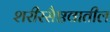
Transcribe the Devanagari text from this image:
शरीरसैष्ठवातील